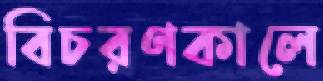
বিচরণকালে